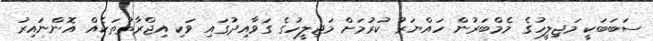
ސަބަބަކީ މަޖިލީހުގެ މެމްބަރުން ހައްޔަރު ކުރުމަށް މަޖިލީހުގެ ގަވާއިދުގައި ވަކި އިޖްރާތުތަކެއް އޮންނައިރު